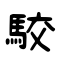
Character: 駮